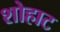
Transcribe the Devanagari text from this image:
शोहाट